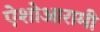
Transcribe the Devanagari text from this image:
ऐशोआरामी